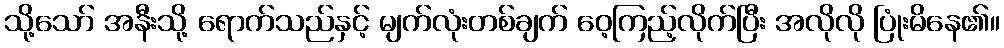
သို့သော် အနီးသို့ ရောက်သည်နှင့် မျက်လုံးတစ်ချက် ဝေ့ကြည့်လိုက်ပြီး အလိုလို ပြုံးမိနေ၏။